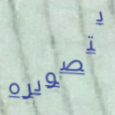
بتصويره